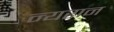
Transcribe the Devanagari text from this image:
न्यरान